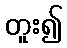
တူး၍